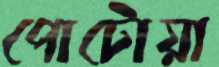
পোটোয়া